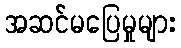
အဆင်မပြေမှုများ